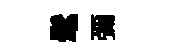
髦彌